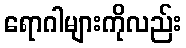
ရောဂါများကိုလည်း